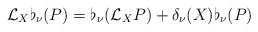
\begin{align*}\mathcal{L}_X\flat_\nu(P)= \flat_\nu(\mathcal{L}_X P)+ \delta_\nu(X)\flat_\nu(P)\end{align*}